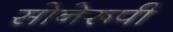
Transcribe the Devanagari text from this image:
सोनेरूपी